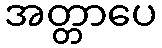
အတ္တာပေ